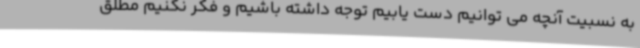
به نسبیت آنچه می توانیم دست یابیم توجه داشته باشیم و فکر نکنیم مطلق